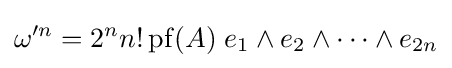
\omega '^{n}=2^{n}n!\operatorname {pf} (A)\;e_{1}\wedge e_{2}\wedge \cdots \wedge e_{2n}